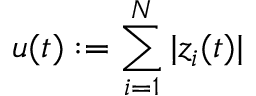
u ( t ) : = \sum _ { i = 1 } ^ { N } | z _ { i } ( t ) |